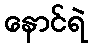
နောင်ရဲ